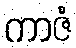
ကာဇံ